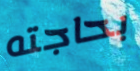
بحاجته